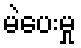
မဲပေးမှု